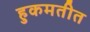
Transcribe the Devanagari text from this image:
हुकमतीत